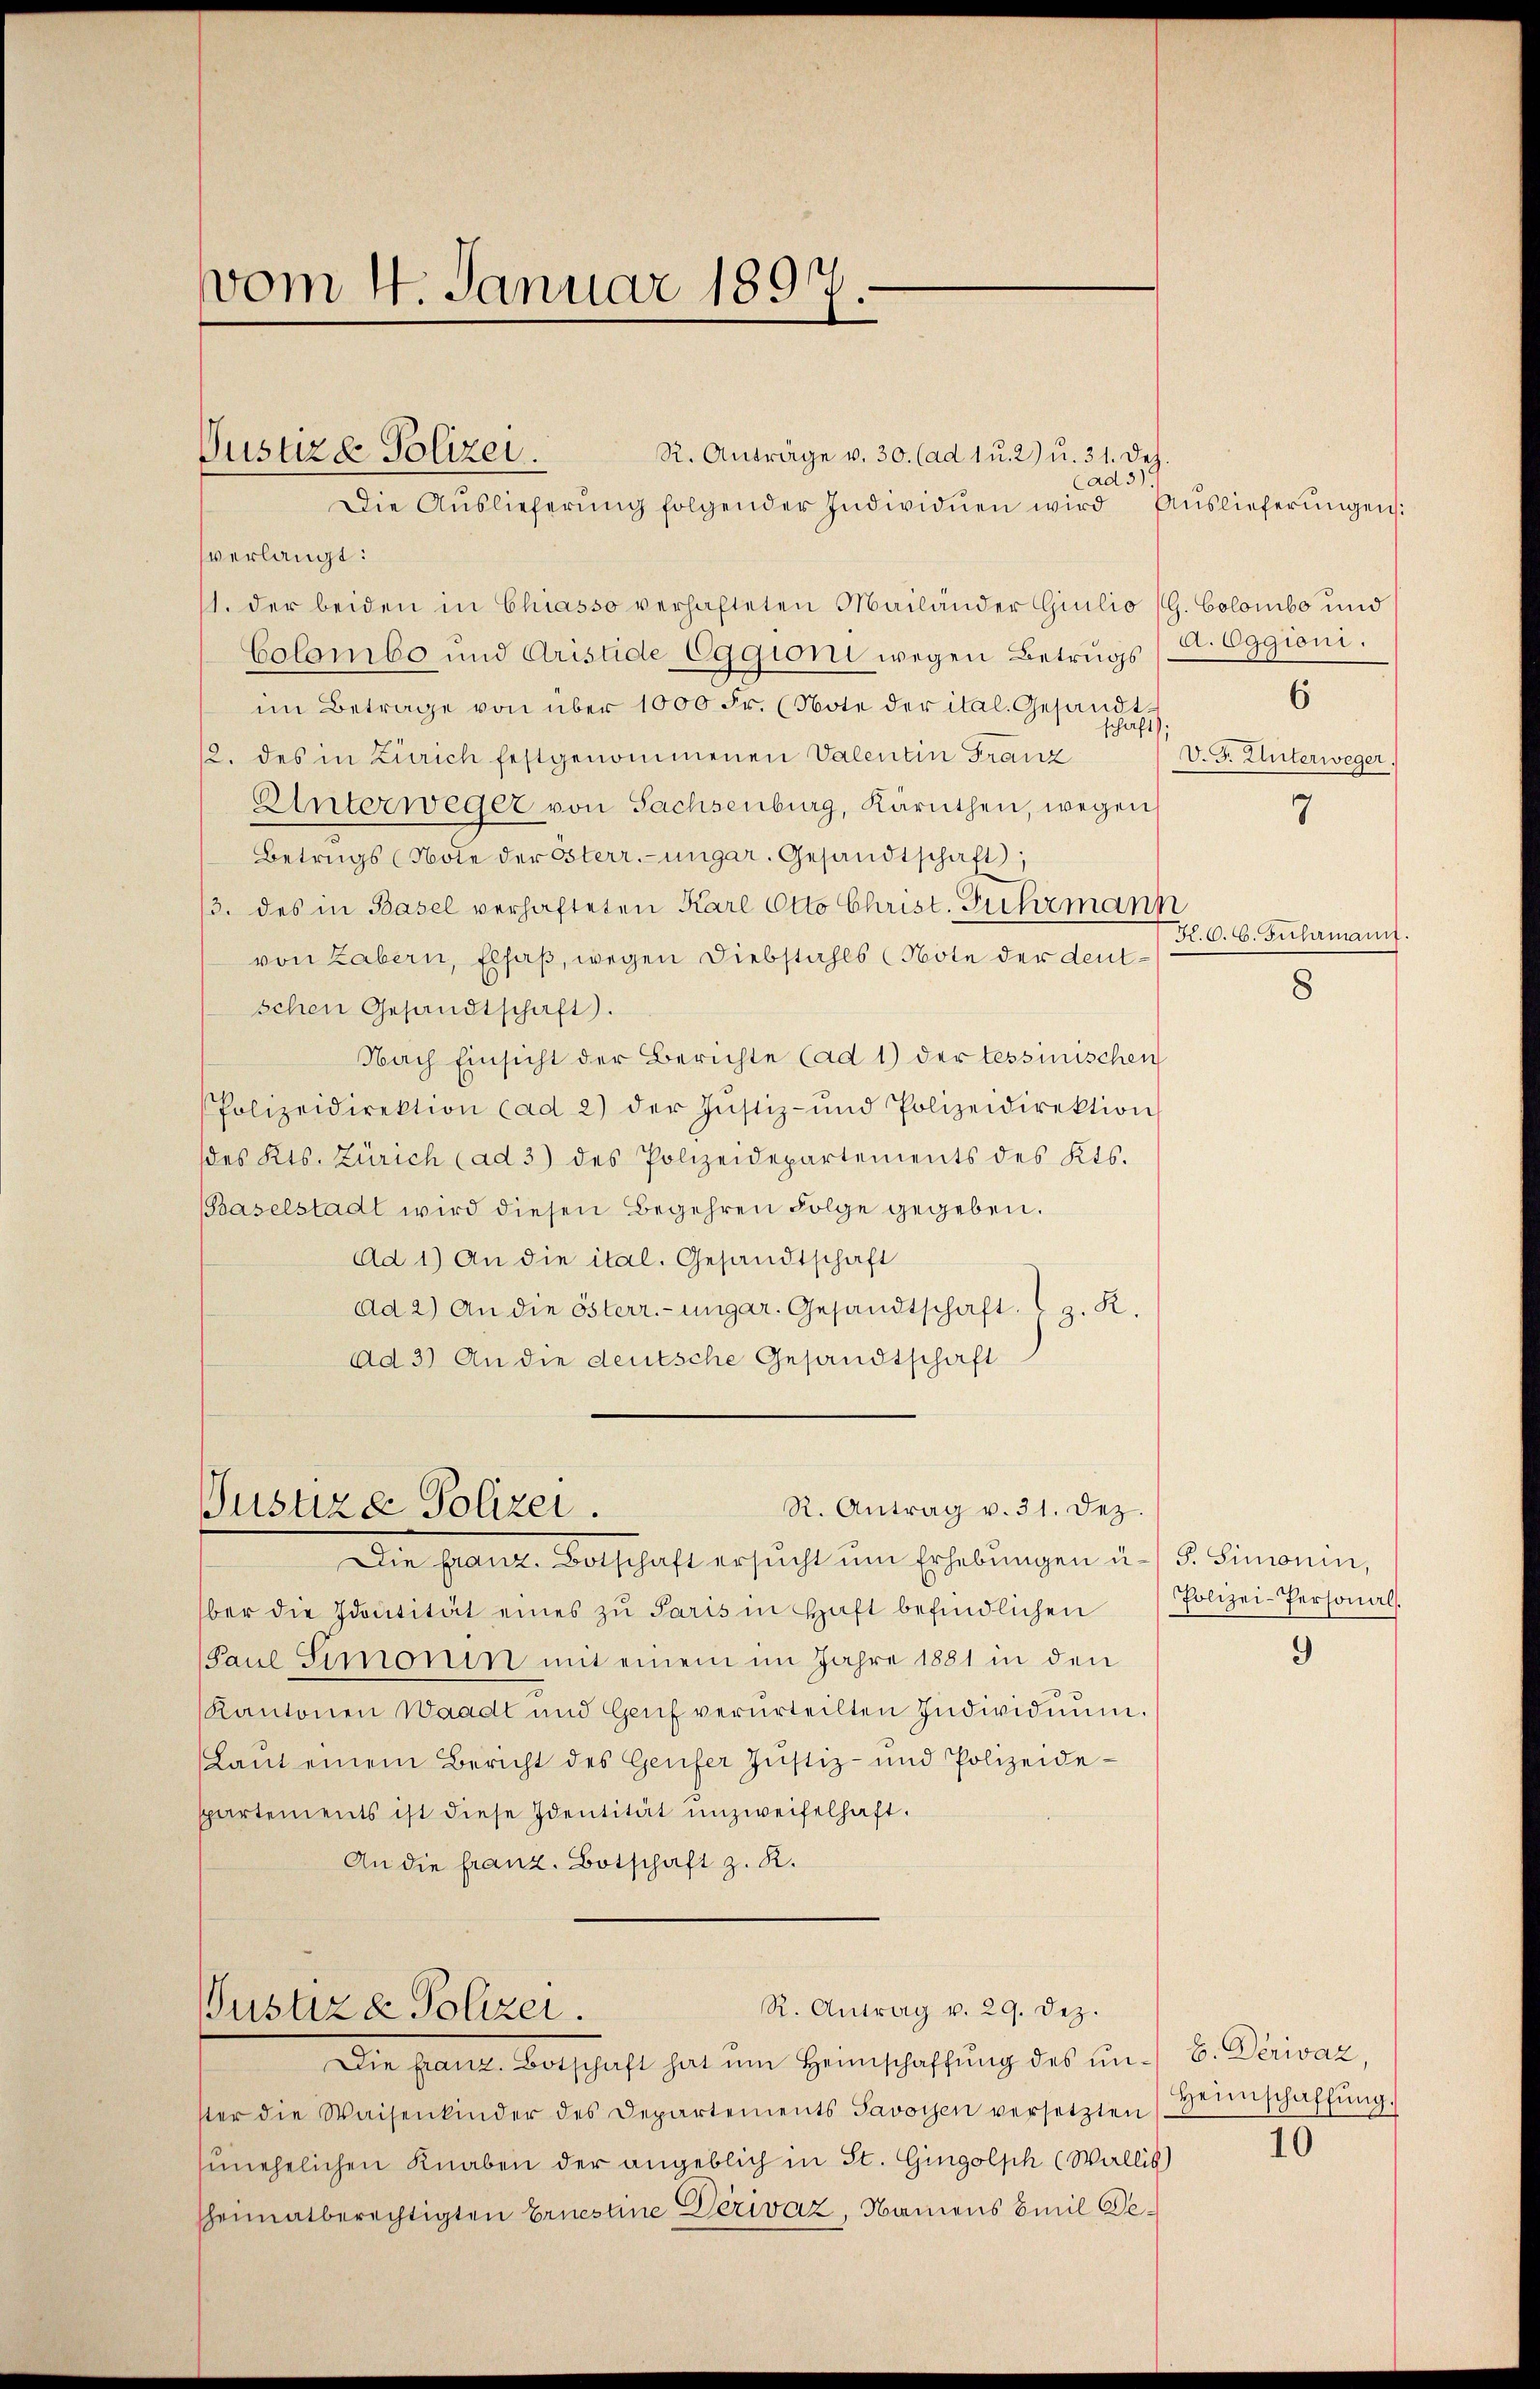
vom 14. Januar 1891

Pusuze Polizei.
R. Anträge v. 30. (ad 1 u. 2) u. 31. Dez.
(ad 3).
Die Aŭslieferŭng folgender Individuen wird Auslieferŭngen:

verlangt:
11. der beiden in Chiasso verhafteten Mailänder Giulio (G. Colombo und
Colombo und Aristide Eggioni wegen Betrugs /A. Eggioni.
im Betrage von über 1000 Fr. (Note der ital. Gesandtf
sch
12. des in Zürich festgenommenen Valentin Franz
Unterweger von Sachsenburg, Kärnthen, wegen
Betrugs (Note der österr.-ungar. Gesandtschaft,
3. des in Basel verhafteten Karl Otto Christ. Fuhrmann
von Zabern, Elsaß, wegen Diebstahls (Note der deutschen Gesandtschaft).
Nach Einsicht der Berichte (ad 1) der tessinischen
Polizeidirektion cad 2) der Justiz- und Polizeidirektion
des Kts. Zürich (ad 3) des Polizeidepartements des Kts.
Baselstadt wird diesen Begehren Folge gegeben.
Ad 1) An die ital. Gesandtschaft
ad 2) An die österr.-ungar. Gesandtschaft, z. R.
ad 3) An die deutsche Gesandtschaft

R. Antrag v. 31. Dez.
Justiza Polizei.

R. Antrag v. 29. Dez.
Pustiz & Polizei.

ber die Identität eines zu Paris in Haft befindlichen
Paul Simonin mit einem im Jahre 1881 in den
Kantonen Waadt und Genf verurteilten Individuum.
Lant einem Bericht des Genfer Justiz- und Polizeideppartements ist diese Identität unzweifelhaft.
An die franz. Botschaft z. R.

Die franz. Betschaft ersŭcht ŭm Erhebungen a. (s. Simonin,

Die ganz Botschaft hat um Heimschaffŭng des ŭn- B. Derivaz,
ster die Waisenkinder des Departements Savoyen versetzten Heinschaffŭng.
unehelichen Knaben der angeblich in St. Gingolph (Wallis)
heimatberechtigten Ernestine Derivaz, Namens Emil De¬

6
V. G. Unterweger.

7

H.C. C. Fuhrmann

8

Polizei-Personals.

9

10